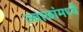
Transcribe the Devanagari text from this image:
ज्वाळांमध्ये